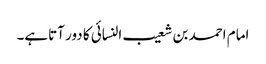
امام احمد بن شعیب النسائی کا دور آتاہے۔